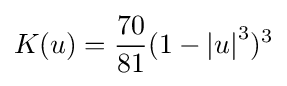
K(u)={\frac {70}{81}}(1-{\left|u\right|}^{3})^{3}